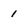
Character: 1